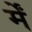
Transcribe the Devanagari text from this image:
र्में